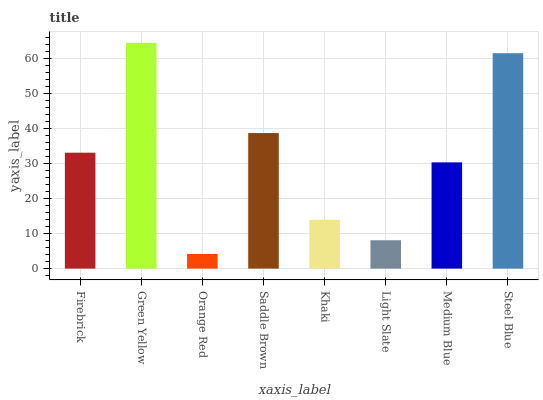
| xaxis_label | bars |
 | --- | --- |
 | Firebrick | 33.1 |
 | Green Yellow | 64.5 |
 | Orange Red | 4.19 |
 | Saddle Brown | 38.7 |
 | Khaki | 13.9 |
 | Light Slate | 8.1 |
 | Medium Blue | 30.4 |
 | Steel Blue | 61.5 |